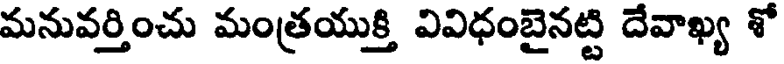
మనువర్తించు మంత్రయుక్తి వివిధంబైనట్టి దేవాఖ్య శో